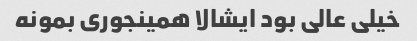
خیلی عالی بود ایشالا همینجوری بمونه